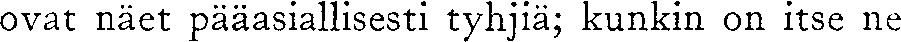
ovat näet pääasiallisesti tyhjiä; kunkin on itse ne